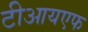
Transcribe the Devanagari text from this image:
टीआयएफ